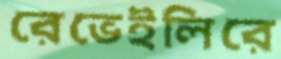
রেভেইলিরে